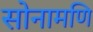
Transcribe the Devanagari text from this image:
सोनामणि